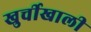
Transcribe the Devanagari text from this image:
खुर्चीखाली